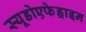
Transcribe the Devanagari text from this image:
स्यूडोएफेड्राइन